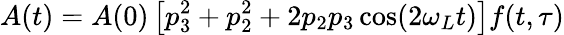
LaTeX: A(t)=A(0)\left[p_{3}^{2}+p_{2}^{2}+2p_{2}p_{3}\cos(2\omega_{L}t)\right]f(t,\tau)